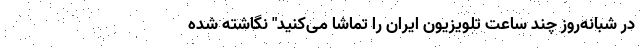
در شبانه‌روز چند ساعت تلویزیون ایران را تماشا می‌کنید" نگاشته شده